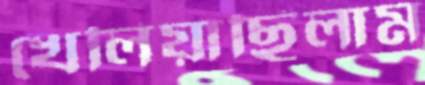
খেলিয়াছিলাম